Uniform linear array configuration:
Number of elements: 12
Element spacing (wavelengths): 0.5
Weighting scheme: binomial
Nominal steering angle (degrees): -60
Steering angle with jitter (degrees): -60.386
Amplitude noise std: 0.05
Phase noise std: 0.05

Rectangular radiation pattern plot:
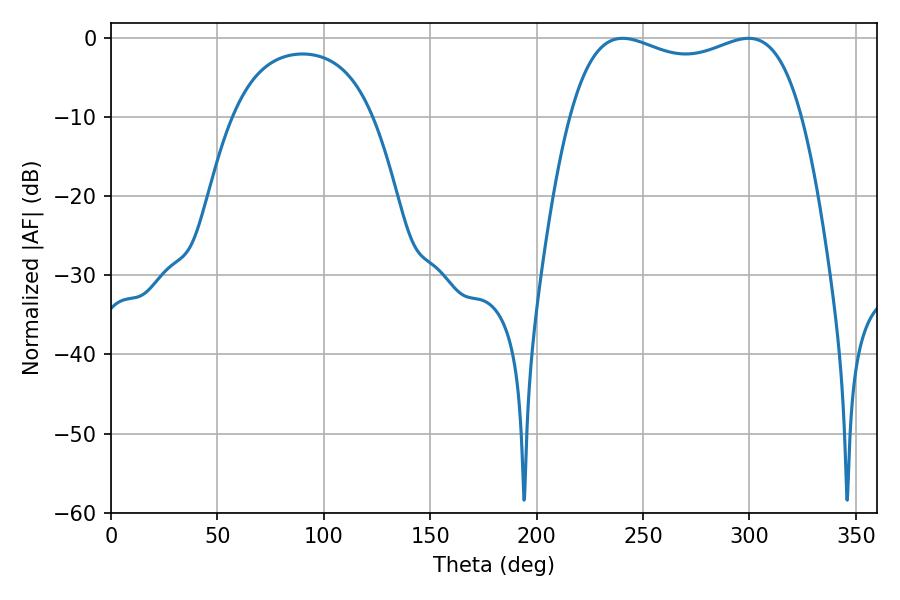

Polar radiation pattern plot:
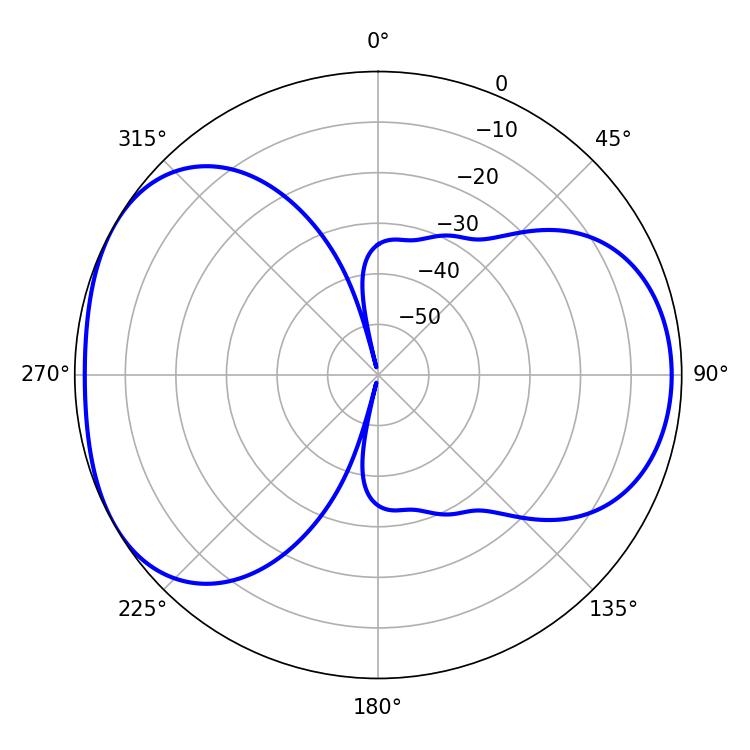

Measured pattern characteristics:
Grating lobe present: FALSE
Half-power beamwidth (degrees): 89.28
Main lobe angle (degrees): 240.48